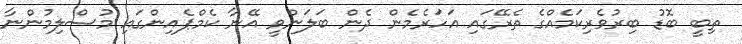
ތިބީ ބޮޑު ބިރުވެރިކަމެއްގެ ތެރޭގައި އަހަރެމެން ދެން ބަލަންވީ އޭނާ ކެމްޕެއިންގައި މުސްލިމުންނާ